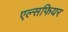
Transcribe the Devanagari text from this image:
एल्सफियर